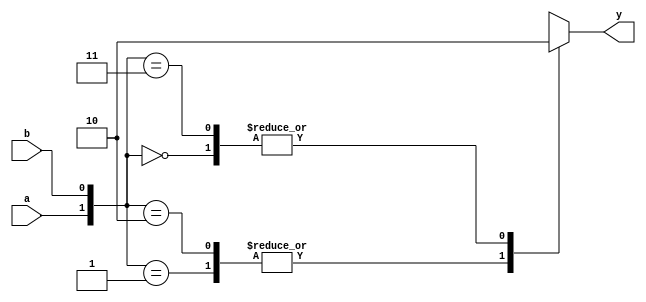
module c_exor(input a, b, output reg y);

/*2'b11 => 2: num. de bits; ': separar; b: binrio; "11": num. em binrio
 *if, case, for } always (funciona de forma sequencial)
 */
 
always @(a or b)
    begin
	 
	 case ( { a, b } ) //Concatenao => reg output
	     2'b00: y = 0;
		  2'b01: y = 1;
		  2'b10: y = 1;
		  2'b11: y = 0;
    endcase;
end

endmodule